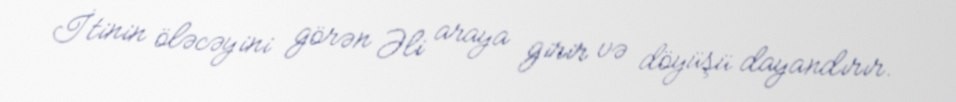
İtinin öləcəyini görən Əli araya girir və döyüşü dayandırır.